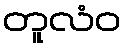
တူလံဝ